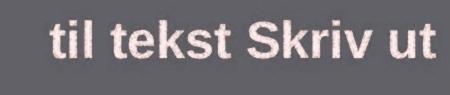
til tekst Skriv ut